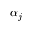
\alpha _ { j }